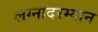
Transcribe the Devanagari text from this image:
लग्नादरम्यान